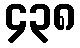
၄၃၈